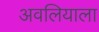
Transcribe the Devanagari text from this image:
अवलियाला